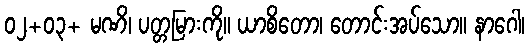
၀၂+၀၃+ မဏိ၊ ပတ္တမြားကို။ ယာစိတော၊ တောင်းအပ်သော။ နာဂေါ၊